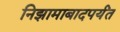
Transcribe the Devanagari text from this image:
निझामाबादपर्यंत